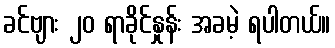
ခင်ဗျား ၂၀ ရာခိုင်နှုန်း အခမဲ့ ရပါတယ်။